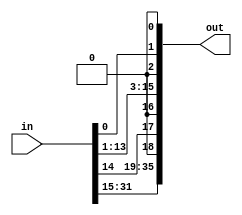
module GPIO_DE0_to_DE10(in,out);
	input [31:0]in;
	output [35:0]out;
	assign {out[0],out[2]}=2'b00;
	assign {out[3],out[1]}=in[1:0];
	assign out[15:4]=in[13:2];
	assign {out[18],out[16]}=2'b00;
	assign {out[19],out[17]}=in[15:14];
	assign out[35:20]=in[31:16];
endmodule